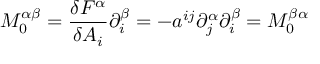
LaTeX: M _ { 0 } ^ { \alpha \beta } = \frac { \delta F ^ { \alpha } } { \delta A _ { i } } \partial _ { i } ^ { \beta } = - a ^ { i j } \partial _ { j } ^ { \alpha } \partial _ { i } ^ { \beta } = M _ { 0 } ^ { \beta \alpha }